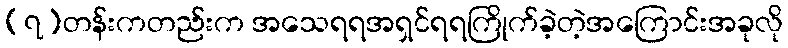
(၇)တန်းကတည်းက အသေရရအရှင်ရရကြိုက်ခဲ့တဲ့အကြောင်းအခုလို